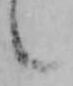
候